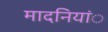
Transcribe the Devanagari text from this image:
मादनियांे